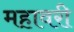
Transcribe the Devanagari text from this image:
महावरी